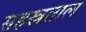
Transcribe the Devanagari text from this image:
सहस्रताल